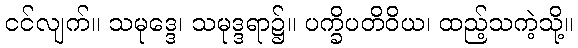
ငင်လျက်။ သမုဒ္ဒေ၊ သမုဒ္ဒရာ၌။ ပက္ခိပတိဝိယ၊ ထည့်သကဲ့သို့။